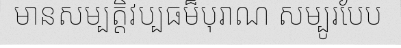
មានសម្បត្តិវប្បធម៏បុរាណ សម្បូរបែប